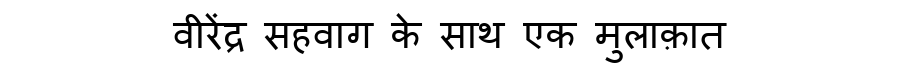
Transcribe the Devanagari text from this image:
वीरेंद्र सहवाग के साथ एक मुलाक़ात